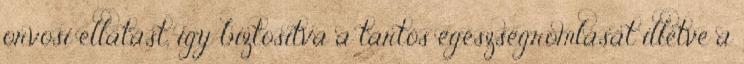
orvosi ellátást, így biztosítva a tartós egészségromlását illetve a